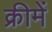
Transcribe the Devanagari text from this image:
क्रीमें